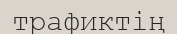
трафиктің